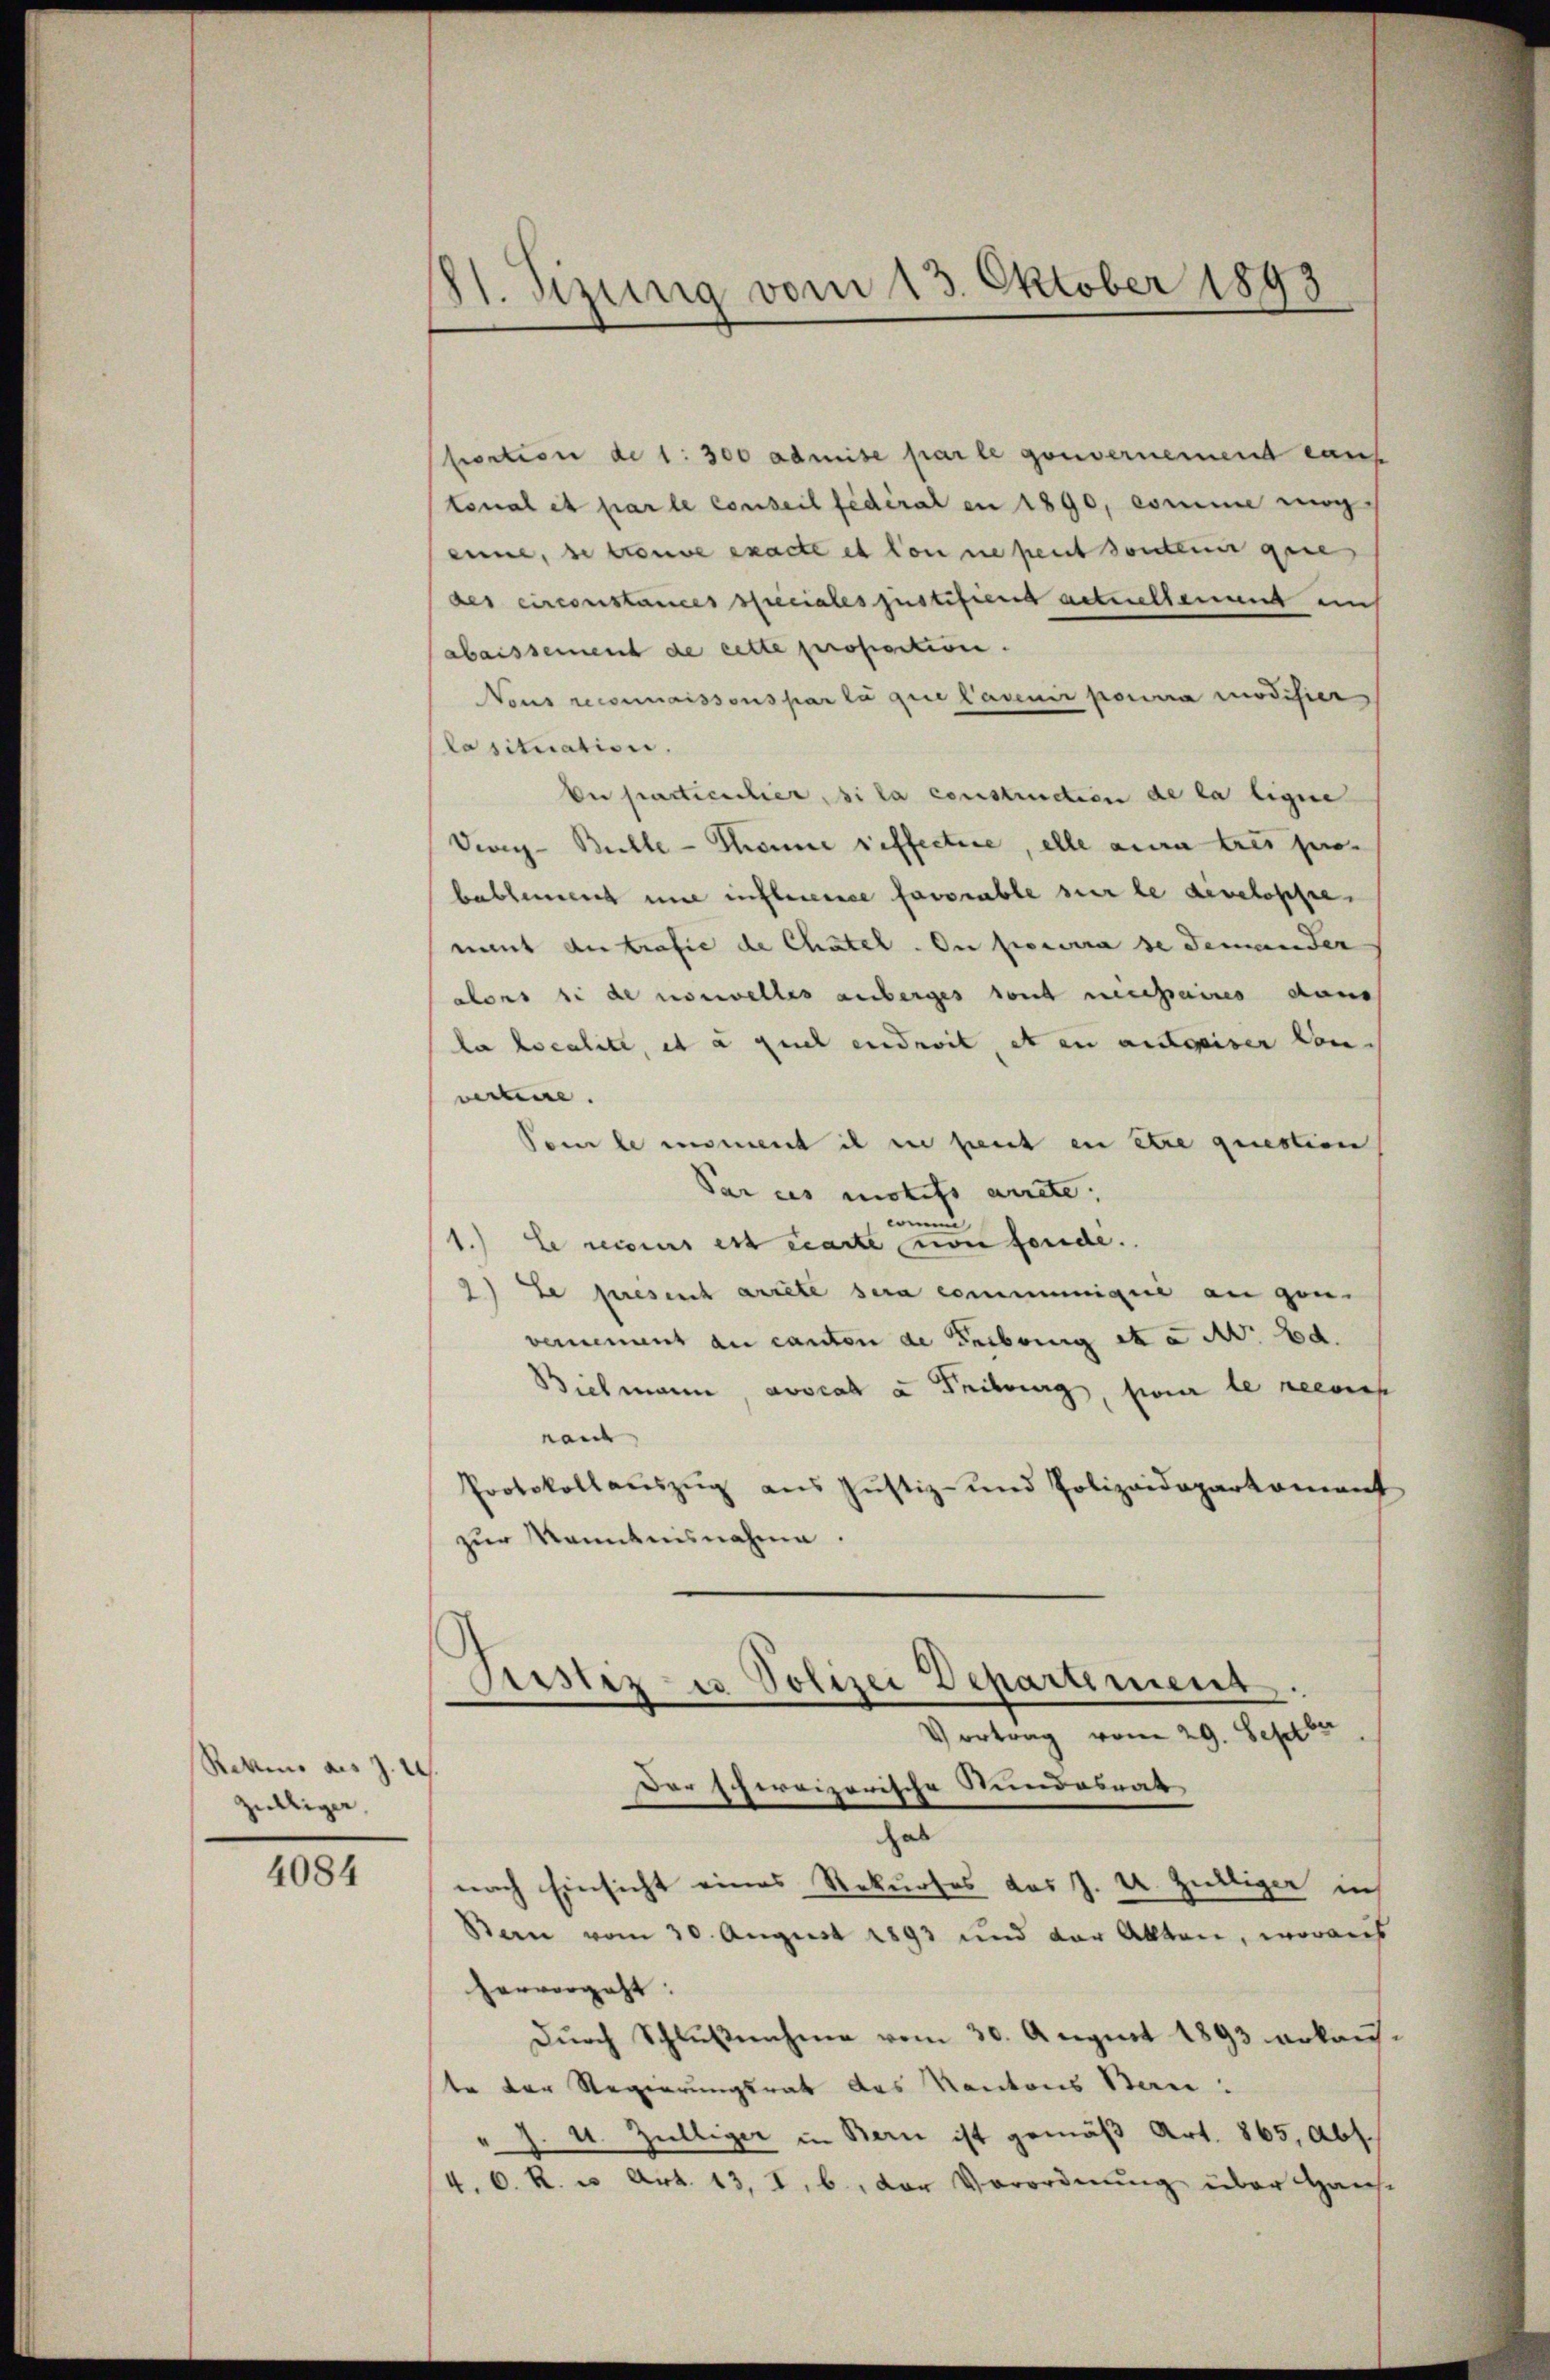
Rekino aus zu
zilliger,

4084

81. Sizung vom 13. Oktober 1893

portion de 1: 300 admise par le gouvernement auf
tonal et par le conseil fédéral en 1890, comme mög
eine, se trouve exacte es von ne peut sonderer gese
des circonstances speciales justifiend actuellement en
abaissement de cette proportion.
Nous reconnaissous par la que Cavenir pourra modifier
lasituation.
En particulier, si la construction de la ligne
Vwig-Bulle - Thonne reffectire, elle aura tres pro-
bablement und inflexerce favorable sur le developpe
ment der trafie de Chätel. In pourra de demander
alons si de nouvelles anberges von necessaires dans
la localite, et à such endroit, et en angeiser von
vertine.
Soi le moment il in peut en être question
Par ces motifs arrete.
oin
1.) Es seines est carte von fonde.
2) Le preserch arrete sera communique an gen
vernement au canton de Fribourg et a M. Bd.
Bielmann, avocata Fribourg, sur le recours
raut
Protokollaŭszŭg aŭs Jŭstiz- und Polizeidepartement
zur Kenntnisnahme.
Gustiz- u Polizei Departement.
 ertrag vom 29. Septbr
Der Ehereizerische Bundesrat
hab
nach Einsicht eines Rekurses das J. U. Zülliger in
Ban vom 30. August 1893 und der Alten, woraus
hervorgeht.
Dŭrch Schlußnahme vom 30. August 1893 erkaufte der Regierungsrat das Kantons Beri
J. u. Zülliger in Bern ist gemäß Art. 865, Abs.
4. C. R. u. Art. 13, I. b., der Verordnung über Haus-